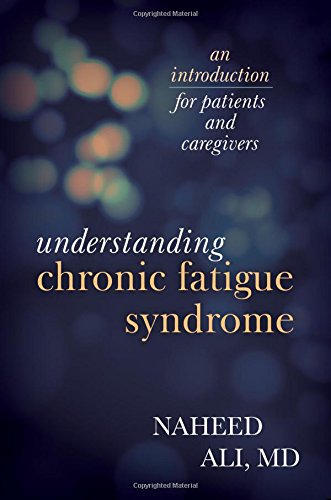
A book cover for Understanding Chronic Fatigue Syndrome: An Introduction for Patients and Caregivers; Naheed Ali; Health, Fitness & Dieting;